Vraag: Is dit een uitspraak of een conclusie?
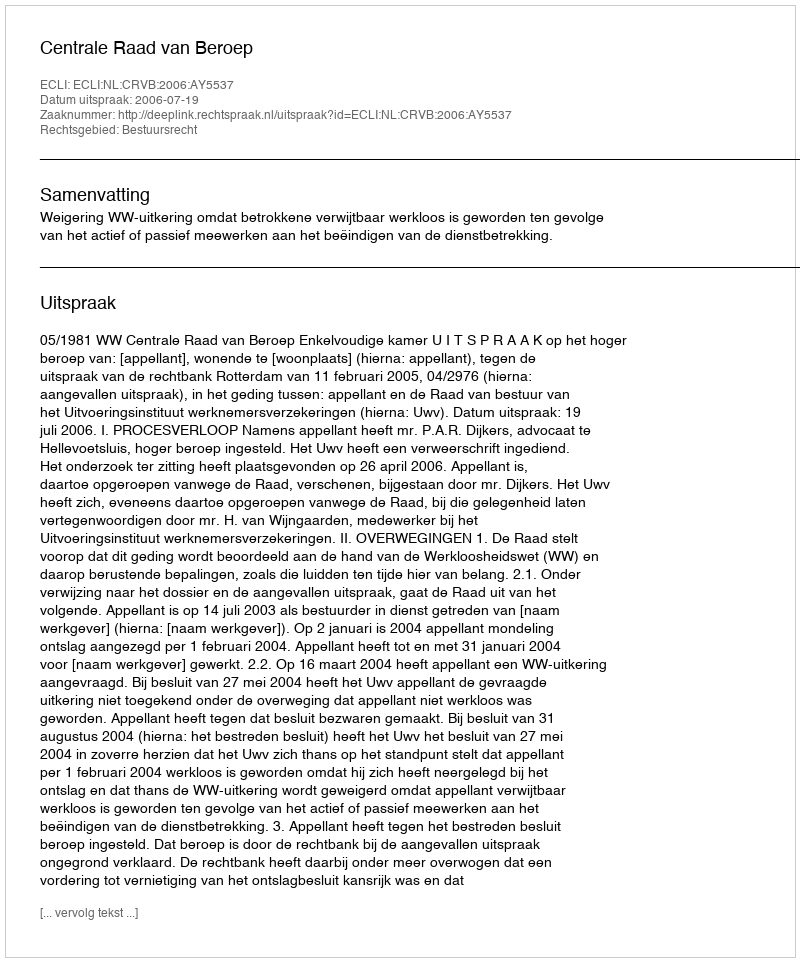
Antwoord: Uitspraak